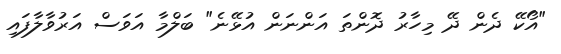
"އޯކޭ ދެން ދޭ މިހާރު ދޮންތަ އަންނަން އުޅޭނެ" ބަލްމާ އަވަސް އަރުވާލާފައި